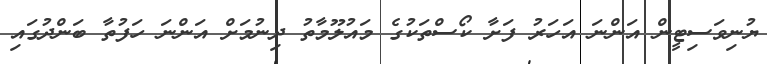
ޔުނިވަސިޓީން އަންނަ އަހަރު ފަށާ ކޯސްތަކުގެ މައުލޫމާތު ދިނުމަށް އަންނަ ހަފުތާ ބަންދުގައި